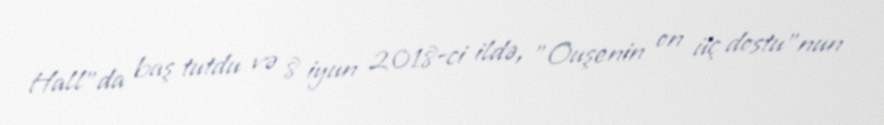
Hall"da baş tutdu və 8 iyun 2018-ci ildə, "Ouşenin on üç dostu"nun